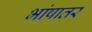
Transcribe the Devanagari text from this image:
भांषातर